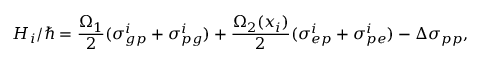
{ H } _ { i } / \hbar = \frac { \Omega _ { 1 } } { 2 } ( { \sigma } _ { g p } ^ { i } + { \sigma } _ { p g } ^ { i } ) + \frac { \Omega _ { 2 } ( x _ { i } ) } { 2 } ( { \sigma } _ { e p } ^ { i } + { \sigma } _ { p e } ^ { i } ) - \Delta { \sigma } _ { p p } ,